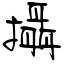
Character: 攝